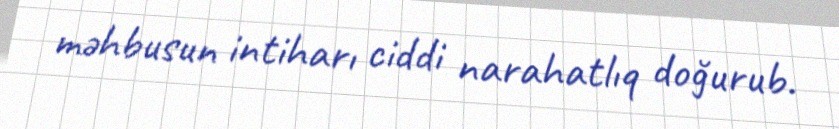
məhbusun intiharı ciddi narahatlıq doğurub.